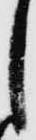
し